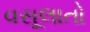
વસૂલાતો